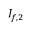
I _ { f , 2 }